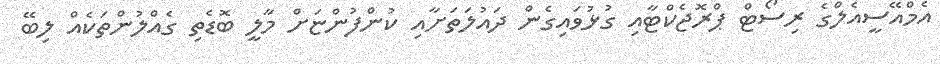
އެމްއޭސީއެލްގެ ރިސޯޓް ޕްރޮޖެކްޓާއި ގުޅުވައިގެން ދައުލަތަށާއި ކުންފުންޏަށް މާލީ ބޮޑެތި ގެއްލުންތަކެއް ލިބޭ